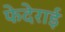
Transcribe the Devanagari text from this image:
फेदेराई